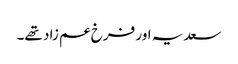
سعدیہ اور فرخ عم زاد تھے۔